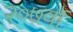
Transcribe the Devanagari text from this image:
२०७वॉ